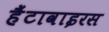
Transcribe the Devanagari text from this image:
हैंटावाइरस